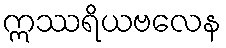
ဣဿရိယဗလေန